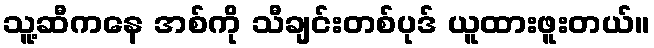
သူ့ဆီကနေ အစ်ကို သီချင်းတစ်ပုဒ် ယူထားဖူးတယ်။